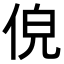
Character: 𬾐